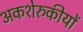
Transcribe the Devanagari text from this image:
अकशेरुकीयों